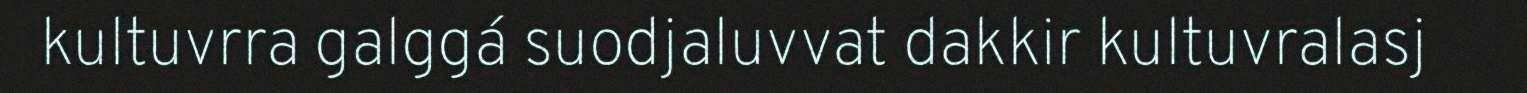
kultuvrra galggá suodjaluvvat dakkir kultuvralasj